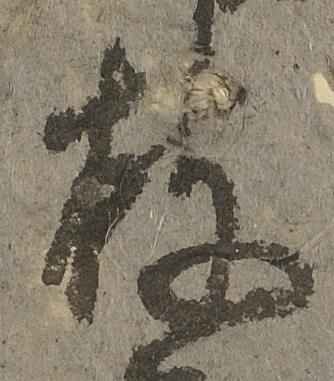
披